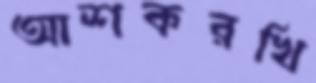
আশকরখি